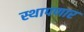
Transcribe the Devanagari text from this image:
स्थापणार